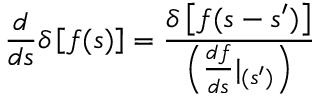
\frac { d } { d s } \delta \left[ f ( s ) \right] = \frac { \delta \left[ f ( s - s ^ { \prime } ) \right] } { \left( \frac { d f } { d s } | _ { ( s ^ { \prime } ) } \right) }